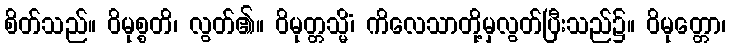
စိတ်သည်။ ဝိမုစ္စတိ၊ လွတ်၏။ ဝိမုတ္တသ္မိံ၊ ကိလေသာတို့မှလွတ်ပြီးသည်၌။ ဝိမုတ္တော၊